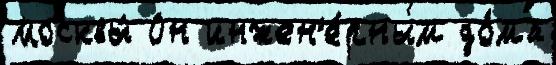
Москвы́ Он инжен'е́рным до́ма